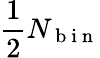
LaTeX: \frac{1}{2}N_{\mathrm{~b~i~n~}}